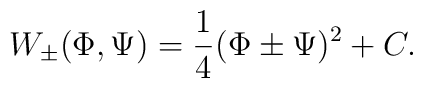
W_\pm (\Phi , \Psi ) = \frac{1}{4} (\Phi \pm \Psi )^2 +C.